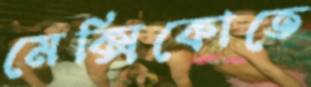
মেক্সিকোতে